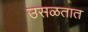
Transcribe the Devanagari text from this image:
उसळतात